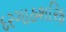
દરગાહશરિફ